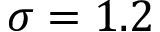
\sigma = 1 . 2